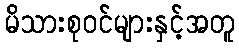
မိသားစုဝင်များနှင့်အတူ